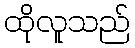
ထိုလူသည်